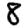
Digit: 8